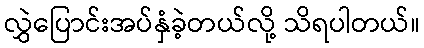
လွှဲပြောင်းအပ်နှံခဲ့တယ်လို့ သိရပါတယ်။